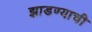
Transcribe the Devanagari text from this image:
झाडण्याची